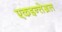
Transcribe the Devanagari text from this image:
एकइन्तेग्रल